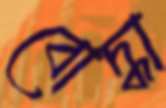
বোদ্ধা